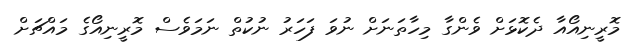
މޮރީނިއޯއާ ދެކޮޅަށް ވެންގާ މިހާތަނަށް ނުވަ ފަހަރު ނުކުތް ނަމަވެސް މޮރީނިއޯގެ މައްޗަށް